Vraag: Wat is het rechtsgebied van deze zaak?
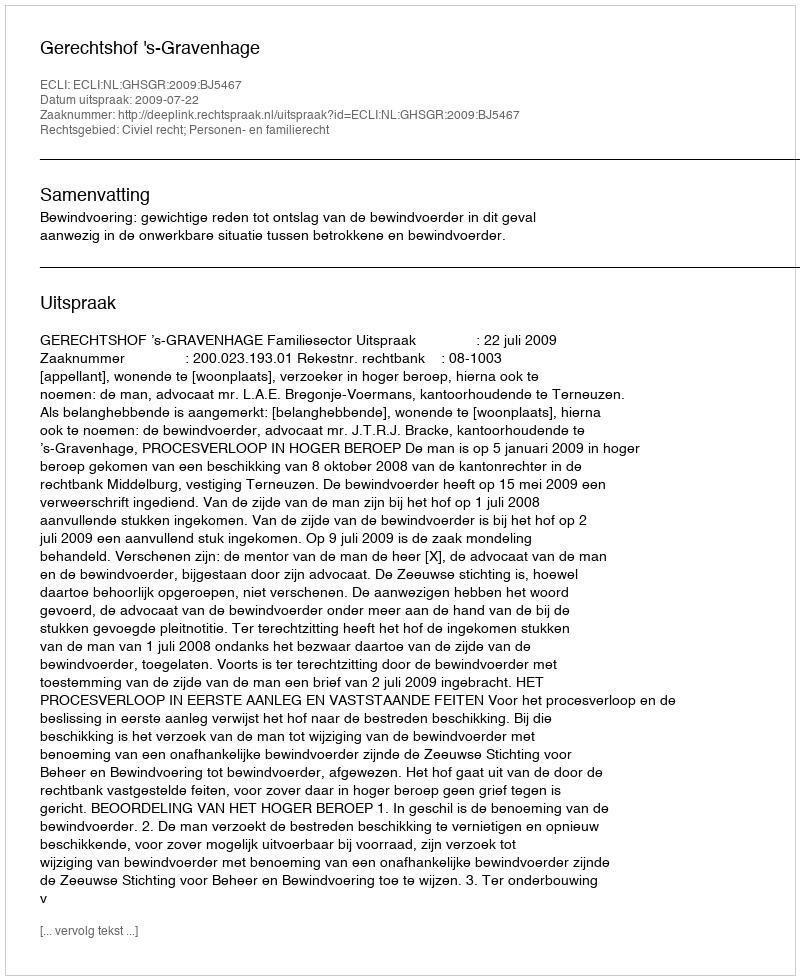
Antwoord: Civiel recht; Personen- en familierecht